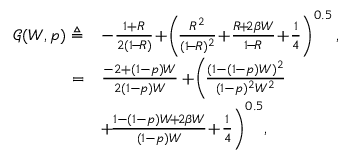
\begin{array} { r l } { \mathcal { G } ( W , p ) \triangleq } & { - \frac { 1 + R } { 2 ( 1 \! - \! R ) } \! + \! \left( \! \frac { R ^ { 2 } } { ( 1 \! - \! R ) ^ { 2 } } \! + \! \frac { R \! + \! 2 \beta W } { 1 \! - \! R } \! + \! \frac { 1 } { 4 } \right) ^ { 0 . 5 } , } \\ { = } & { \frac { - 2 + ( 1 - p ) W } { 2 ( 1 - p ) W } + \! \Bigg ( \! \frac { ( 1 - ( 1 - p ) W ) ^ { 2 } } { ( 1 - p ) ^ { 2 } W ^ { 2 } } \! } \\ & { + \! \frac { 1 - ( 1 - p ) W \! + \! 2 \beta W } { ( 1 - p ) W } \! + \! \frac { 1 } { 4 } \Bigg ) ^ { 0 . 5 } , } \end{array}